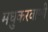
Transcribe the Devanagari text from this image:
मधुकरवाणी